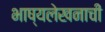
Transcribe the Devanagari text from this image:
भाष्यलेखनाची